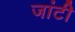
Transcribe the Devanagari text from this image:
जांटी